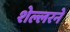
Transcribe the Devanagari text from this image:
शेल्लरने